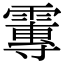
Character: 𩅂